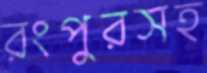
রংপুরসহ